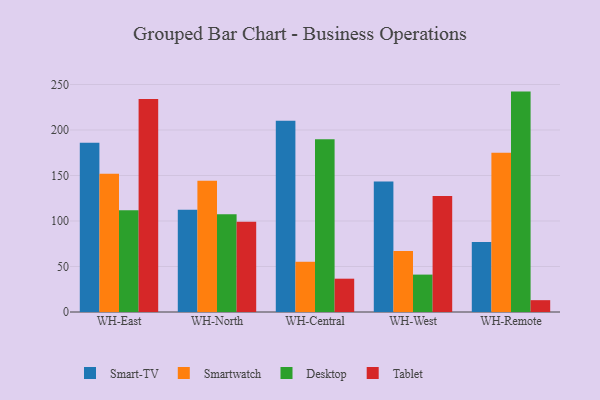
{"axis": {"x": "Warehouse", "y": "Revenue (USD Million)"}, "legend": ["Desktop", "Smart-TV", "Smartwatch", "Tablet"], "data": [{"x": "WH-East", "y": 186.0, "type": "Smart-TV"}, {"x": "WH-East", "y": 152.0, "type": "Smartwatch"}, {"x": "WH-East", "y": 111.9, "type": "Desktop"}, {"x": "WH-East", "y": 234.2, "type": "Tablet"}, {"x": "WH-North", "y": 112.4, "type": "Smart-TV"}, {"x": "WH-North", "y": 144.1, "type": "Smartwatch"}, {"x": "WH-North", "y": 107.3, "type": "Desktop"}, {"x": "WH-North", "y": 99.1, "type": "Tablet"}, {"x": "WH-Central", "y": 210.2, "type": "Smart-TV"}, {"x": "WH-Central", "y": 55.2, "type": "Smartwatch"}, {"x": "WH-Central", "y": 189.7, "type": "Desktop"}, {"x": "WH-Central", "y": 36.6, "type": "Tablet"}, {"x": "WH-West", "y": 143.4, "type": "Smart-TV"}, {"x": "WH-West", "y": 67.1, "type": "Smartwatch"}, {"x": "WH-West", "y": 41.1, "type": "Desktop"}, {"x": "WH-West", "y": 127.5, "type": "Tablet"}, {"x": "WH-Remote", "y": 76.9, "type": "Smart-TV"}, {"x": "WH-Remote", "y": 175.0, "type": "Smartwatch"}, {"x": "WH-Remote", "y": 242.2, "type": "Desktop"}, {"x": "WH-Remote", "y": 13.0, "type": "Tablet"}]}